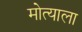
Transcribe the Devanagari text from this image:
मोत्याला